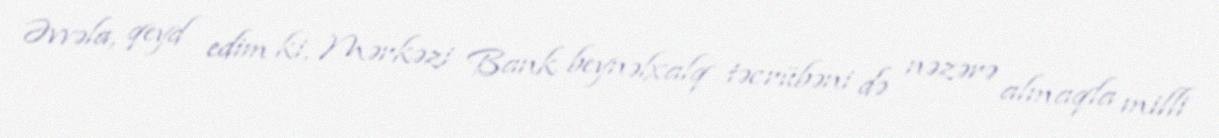
Əvvəla, qeyd edim ki, Mərkəzi Bank beynəlxalq təcrübəni də nəzərə almaqla milli